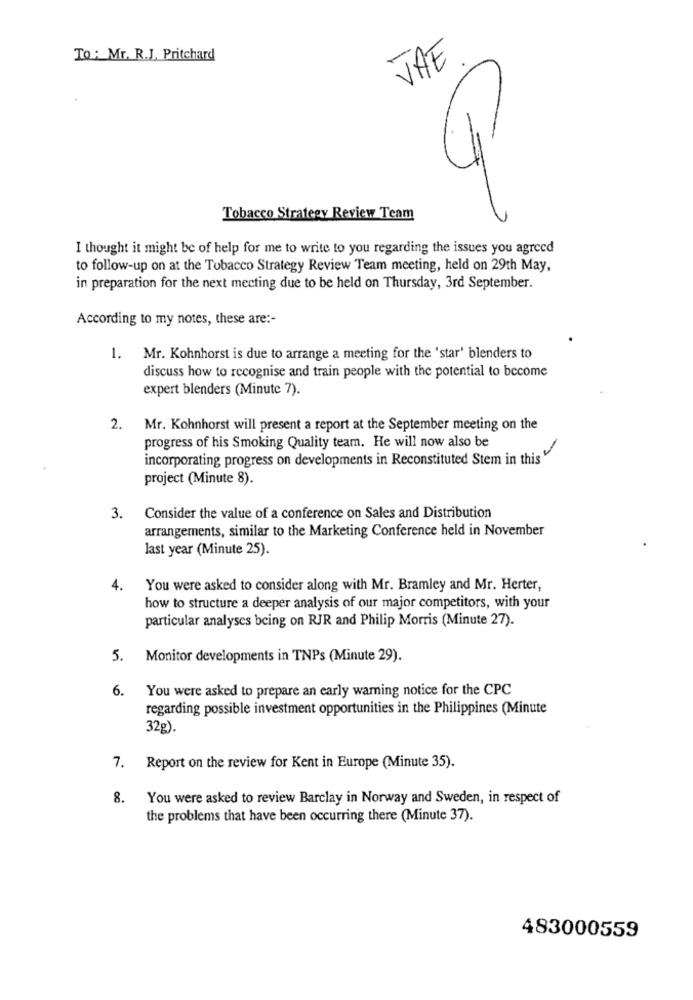
To: Mr. R.J, Pritchard
THE
Tobacco Strategy Review Team
I thought it might be of help for me to write to you regarding the issues you agreed
to follow-up on at the Tobacco Strategy Review Team meeting, held on 29th May,
in preparation for the next mecting due to be held on Thursday, 3rd September.
According to my notes, these are :-
1. Mr. Kohnhorst is due to arrange a meeting for the 'star' blenders to
discuss how to recognise and train people with the potential to become
expert blenders (Minute 7).
2. Mr. Kohnhorst will present a report at the September meeting on the
progress of his Smoking Quality team. He will now also be
incorporating progress on developments in Reconstituted Stem in this "
project (Minute 8).
3.
Consider the value of a conference on Sales and Distribution
arrangements, similar to the Marketing Conference held in November
last year (Minute 25).
4.
You were asked to consider along with Mr. Bramley and Mr. Herter,
how to structure a deeper analysis of our major competitors, with your
particular analyses being on RJR and Philip Morris (Minute 27).
5. Monitor developments in TNPs (Minute 29).
6.
You were asked to prepare an early warning notice for the CPC
regarding possible investment opportunities in the Philippines (Minute
32g).
7. Report on the review for Kent in Europe (Minute 35).
8.
You were asked to review Barclay in Norway and Sweden, in respect of
the problems that have been occurring there (Minute 37).
483000559